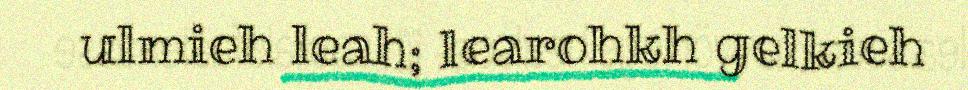
ulmieh leah; learohkh gelkieh